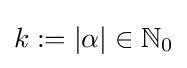
k:=|\alpha |\in \mathbb {N} _{0}